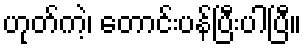
ဟုတ်ကဲ့၊ တောင်းပန်ပြီးပါပြီ။